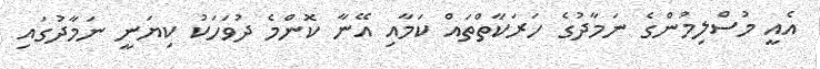
އެއީ މުސްލިމުންގެ ނަމާދުގެ ހަރަކާތްތައް ކަމާއި އޭނާ ކޮންމެ ދުވަހަކު ކިޔަނީ ނަމާދުގައި